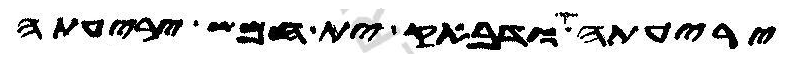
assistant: יריעתה ודבאק ית חמש יריעתה